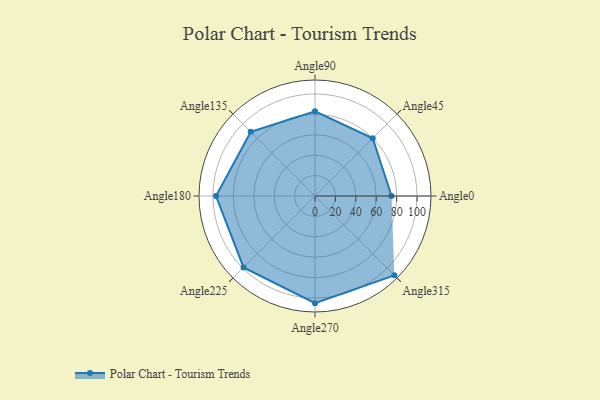
{"axis": {"x": "Angle", "y": "Radius"}, "legend": [""], "data": [{"x": "Angle0", "y": 75.0, "type": ""}, {"x": "Angle45", "y": 80.0, "type": ""}, {"x": "Angle90", "y": 83.0, "type": ""}, {"x": "Angle135", "y": 89.0, "type": ""}, {"x": "Angle180", "y": 97.0, "type": ""}, {"x": "Angle225", "y": 99.0, "type": ""}, {"x": "Angle270", "y": 105.0, "type": ""}, {"x": "Angle315", "y": 110.0, "type": ""}]}